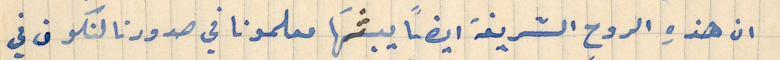
ان هذهِ الروح الشريفة ايضاً يبثهَا معلمونا في صدورنا لتكون في